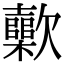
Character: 𣤷